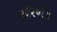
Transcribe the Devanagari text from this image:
करिष्ये॥